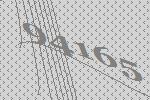
94165